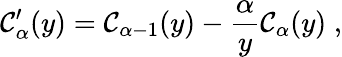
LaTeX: \mathcal{C}_{\alpha}^{\prime}(y)=\mathcal{C}_{\alpha-1}(y)-\frac{\alpha}{y}\mathcal{C}_{\alpha}(y)\; ,